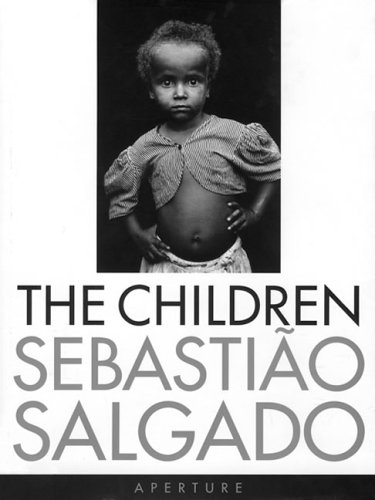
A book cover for Sebastiao Salgado: The Children; Arts & Photography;